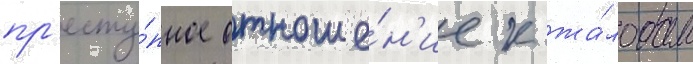
пр'есту́пное отноше́н'ие к жа́лобам